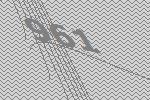
961